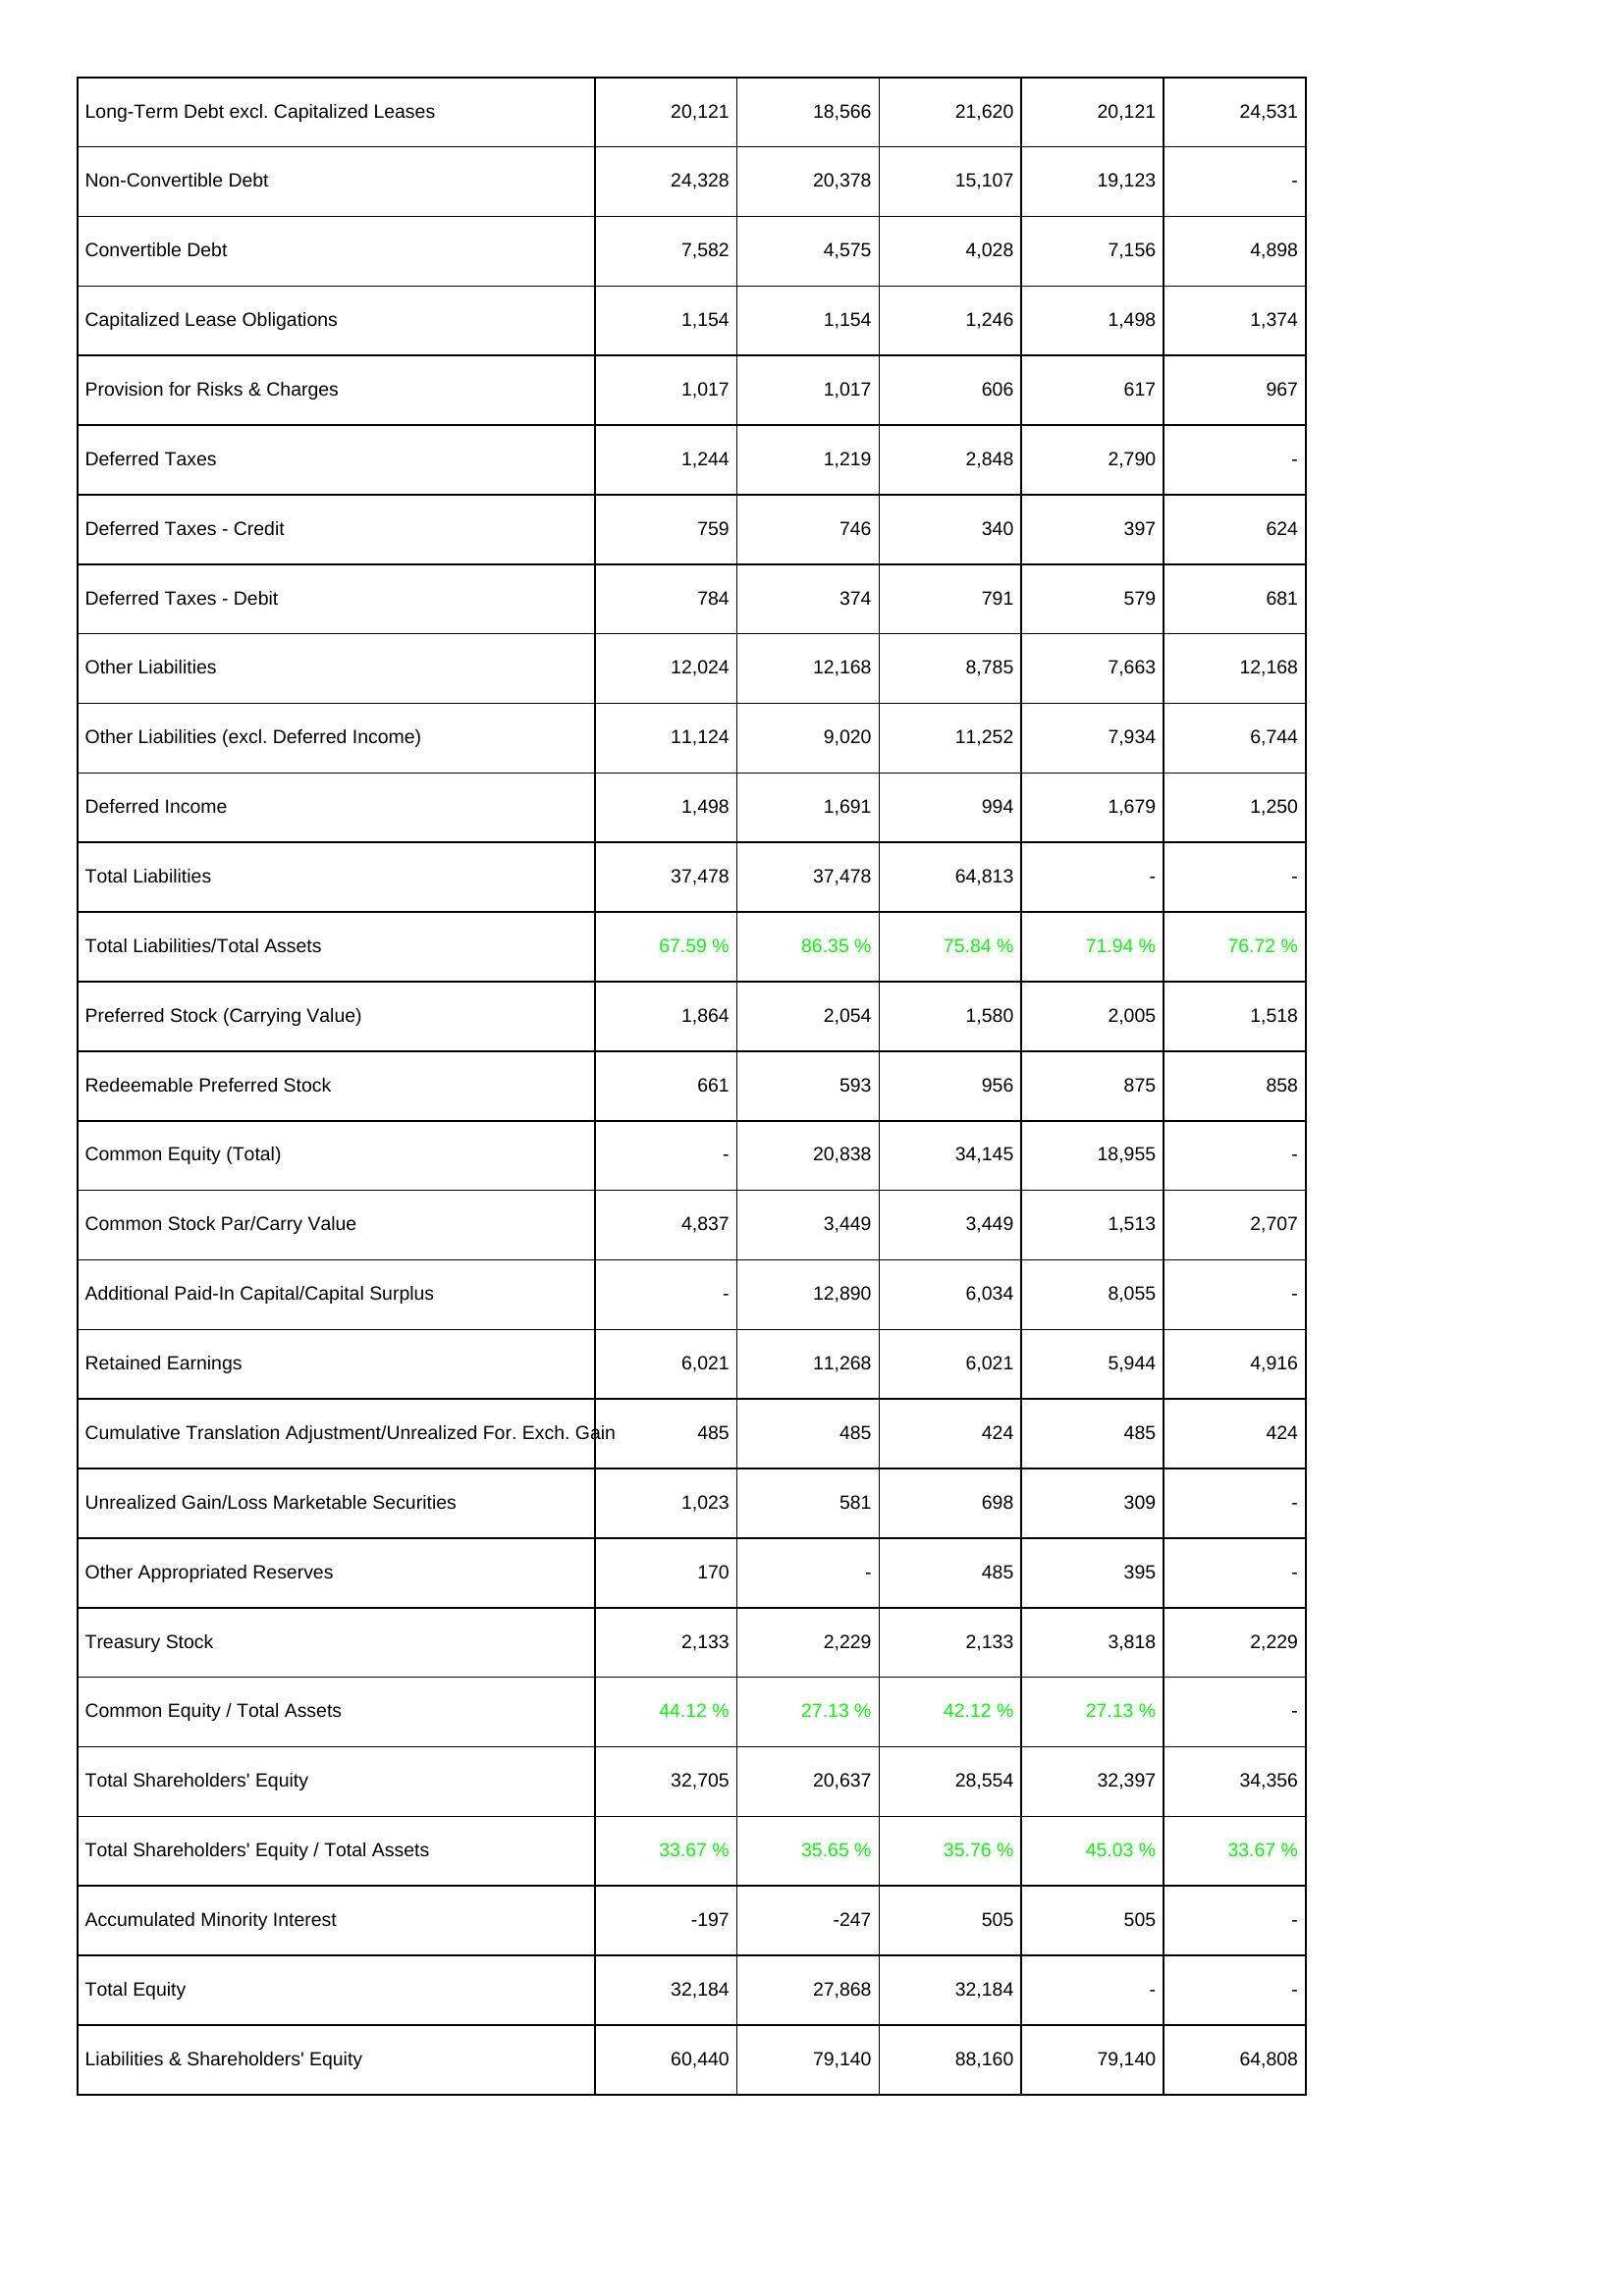
2012: Liabilities & Shareholders' Equity: Long-Term Debt excl. Capitalized Leases: 20,121
Non-Convertible Debt: 24,328
Convertible Debt: 7,582
Capitalized Lease Obligations: 1,154
Provision for Risks & Charges: 1,017
Deferred Taxes: 1,244
Deferred Taxes - Credit: 759
Deferred Taxes - Debit: 784
Other Liabilities: 12,024
Other Liabilities (excl. Deferred Income): 11,124
Deferred Income: 1,498
Total Liabilities: 37,478
Total Liabilities/Total Assets: 67.59 %
Preferred Stock (Carrying Value): 1,864
Redeemable Preferred Stock: 661
Common Equity (Total): -
Common Stock Par/Carry Value: 4,837
Additional Paid-In Capital/Capital Surplus: -
Retained Earnings: 6,021
Cumulative Translation Adjustment/Unrealized For. Exch. Gain: 485
Unrealized Gain/Loss Marketable Securities: 1,023
Other Appropriated Reserves: 170
Treasury Stock: 2,133
Common Equity / Total Assets: 44.12 %
Total Shareholders' Equity: 32,705
Total Shareholders' Equity / Total Assets: 33.67 %
Accumulated Minority Interest: -197
Total Equity: 32,184
Liabilities & Shareholders' Equity: 60,440
2013: Liabilities & Shareholders' Equity: Long-Term Debt excl. Capitalized Leases: 18,566
Non-Convertible Debt: 20,378
Convertible Debt: 4,575
Capitalized Lease Obligations: 1,154
Provision for Risks & Charges: 1,017
Deferred Taxes: 1,219
Deferred Taxes - Credit: 746
Deferred Taxes - Debit: 374
Other Liabilities: 12,168
Other Liabilities (excl. Deferred Income): 9,020
Deferred Income: 1,691
Total Liabilities: 37,478
Total Liabilities/Total Assets: 86.35 %
Preferred Stock (Carrying Value): 2,054
Redeemable Preferred Stock: 593
Common Equity (Total): 20,838
Common Stock Par/Carry Value: 3,449
Additional Paid-In Capital/Capital Surplus: 12,890
Retained Earnings: 11,268
Cumulative Translation Adjustment/Unrealized For. Exch. Gain: 485
Unrealized Gain/Loss Marketable Securities: 581
Other Appropriated Reserves: -
Treasury Stock: 2,229
Common Equity / Total Assets: 27.13 %
Total Shareholders' Equity: 20,637
Total Shareholders' Equity / Total Assets: 35.65 %
Accumulated Minority Interest: -247
Total Equity: 27,868
Liabilities & Shareholders' Equity: 79,140
2014: Liabilities & Shareholders' Equity: Long-Term Debt excl. Capitalized Leases: 21,620
Non-Convertible Debt: 15,107
Convertible Debt: 4,028
Capitalized Lease Obligations: 1,246
Provision for Risks & Charges: 606
Deferred Taxes: 2,848
Deferred Taxes - Credit: 340
Deferred Taxes - Debit: 791
Other Liabilities: 8,785
Other Liabilities (excl. Deferred Income): 11,252
Deferred Income: 994
Total Liabilities: 64,813
Total Liabilities/Total Assets: 75.84 %
Preferred Stock (Carrying Value): 1,580
Redeemable Preferred Stock: 956
Common Equity (Total): 34,145
Common Stock Par/Carry Value: 3,449
Additional Paid-In Capital/Capital Surplus: 6,034
Retained Earnings: 6,021
Cumulative Translation Adjustment/Unrealized For. Exch. Gain: 424
Unrealized Gain/Loss Marketable Securities: 698
Other Appropriated Reserves: 485
Treasury Stock: 2,133
Common Equity / Total Assets: 42.12 %
Total Shareholders' Equity: 28,554
Total Shareholders' Equity / Total Assets: 35.76 %
Accumulated Minority Interest: 505
Total Equity: 32,184
Liabilities & Shareholders' Equity: 88,160
2015: Liabilities & Shareholders' Equity: Long-Term Debt excl. Capitalized Leases: 20,121
Non-Convertible Debt: 19,123
Convertible Debt: 7,156
Capitalized Lease Obligations: 1,498
Provision for Risks & Charges: 617
Deferred Taxes: 2,790
Deferred Taxes - Credit: 397
Deferred Taxes - Debit: 579
Other Liabilities: 7,663
Other Liabilities (excl. Deferred Income): 7,934
Deferred Income: 1,679
Total Liabilities: -
Total Liabilities/Total Assets: 71.94 %
Preferred Stock (Carrying Value): 2,005
Redeemable Preferred Stock: 875
Common Equity (Total): 18,955
Common Stock Par/Carry Value: 1,513
Additional Paid-In Capital/Capital Surplus: 8,055
Retained Earnings: 5,944
Cumulative Translation Adjustment/Unrealized For. Exch. Gain: 485
Unrealized Gain/Loss Marketable Securities: 309
Other Appropriated Reserves: 395
Treasury Stock: 3,818
Common Equity / Total Assets: 27.13 %
Total Shareholders' Equity: 32,397
Total Shareholders' Equity / Total Assets: 45.03 %
Accumulated Minority Interest: 505
Total Equity: -
Liabilities & Shareholders' Equity: 79,140
2016: Liabilities & Shareholders' Equity: Long-Term Debt excl. Capitalized Leases: 24,531
Non-Convertible Debt: -
Convertible Debt: 4,898
Capitalized Lease Obligations: 1,374
Provision for Risks & Charges: 967
Deferred Taxes: -
Deferred Taxes - Credit: 624
Deferred Taxes - Debit: 681
Other Liabilities: 12,168
Other Liabilities (excl. Deferred Income): 6,744
Deferred Income: 1,250
Total Liabilities: -
Total Liabilities/Total Assets: 76.72 %
Preferred Stock (Carrying Value): 1,518
Redeemable Preferred Stock: 858
Common Equity (Total): -
Common Stock Par/Carry Value: 2,707
Additional Paid-In Capital/Capital Surplus: -
Retained Earnings: 4,916
Cumulative Translation Adjustment/Unrealized For. Exch. Gain: 424
Unrealized Gain/Loss Marketable Securities: -
Other Appropriated Reserves: -
Treasury Stock: 2,229
Common Equity / Total Assets: -
Total Shareholders' Equity: 34,356
Total Shareholders' Equity / Total Assets: 33.67 %
Accumulated Minority Interest: -
Total Equity: -
Liabilities & Shareholders' Equity: 64,808